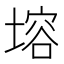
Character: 塎